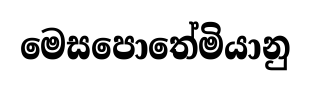
මෙසපොතේමියානු